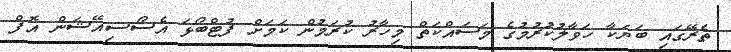
ތެރޭގައި ބަޔަކާ ހަވާލުކުރުމުގެ މަސައްކަތް މިހާރު ކުރަމުން ކަމަށް ފުޓްބޯޅަ އެސޯސިއޭޝަން އޮފް